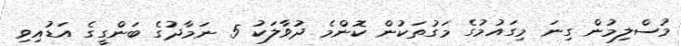
މުސްލިމުން ގިނަ މިގައުމުގެ މަގުތަކުން ކޮންމެ ދުވާލަކު 5 ނަމާދުގެ ބަންގީގެ އަޑުއިވި